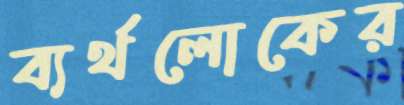
ব্যর্থলোকের